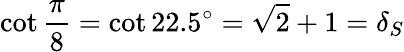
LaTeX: \cot{\frac{\pi}{8}}=\cot 22.5^{\circ}={\sqrt{2}}+1=\delta_{S}